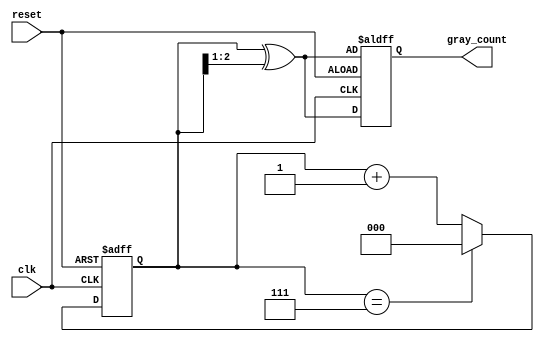
module gray_code_counter (
    input wire clk,        // Clock input
    input wire reset,      // Asynchronous reset
    output reg [2:0] gray_count // 3-bit Gray code output
);

    reg [2:0] binary_count; // 3-bit binary counter

    // Gray code conversion function
    function [2:0] binary_to_gray;
        input [2:0] binary;
        begin
            binary_to_gray = binary ^ (binary >> 1);
        end
    endfunction

    // Sequential logic for counter
    always @(posedge clk or posedge reset) begin
        if (reset) begin
            binary_count <= 3'b000; // Initialize binary counter to 0
            gray_count <= binary_to_gray(binary_count); // Initialize Gray code output
        end else begin
            // Increment binary counter
            if (binary_count == 3'b111) begin
                binary_count <= 3'b000; // Wrap around to 0
            end else begin
                binary_count <= binary_count + 1; // Increment
            end
            // Update Gray code output
            gray_count <= binary_to_gray(binary_count);
        end
    end

endmodule